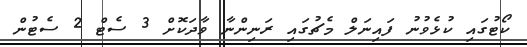
ކޯޓުގައި ކުޅެވުނު ފައިނަލް މެޗުގައި ރަނިންނާ ވާދަކޮށް 3 ސެޓް 2 ސެޓުން